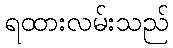
ရထားလမ်းသည်